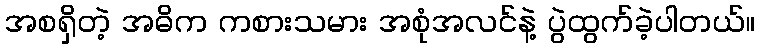
အစရှိတဲ့ အဓိက ကစားသမား အစုံအလင်နဲ့ ပွဲထွက်ခဲ့ပါတယ်။